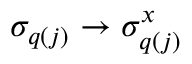
\sigma _ { q ( j ) } \to \sigma _ { q ( j ) } ^ { x }